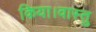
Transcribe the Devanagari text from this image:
किया।वास्तु